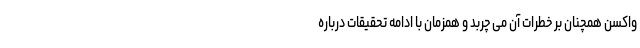
واکسن همچنان بر خطرات آن می چربد و همزمان با ادامه تحقیقات درباره